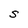
Character: S